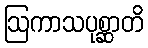
ဩကာသပုစ္ဆာတိ